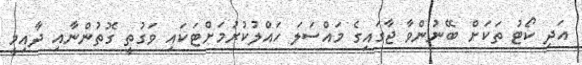
އަދި ކޯޓު ތަކަށް ބޭނުންވާ ޖާގައިގެ މައްސަލަ ހައްލުކުރުމަށްޓަކައި ވަގުތީ ގޮތުންނާއި ދާއިމީ